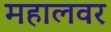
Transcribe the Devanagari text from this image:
महालवर